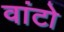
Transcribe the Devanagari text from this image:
वांटो